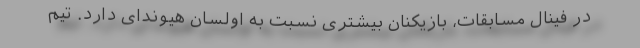
در فینال مسابقات، بازیکنان بیشتری نسبت به اولسان هیوندای دارد. تیم